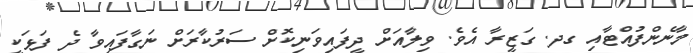
މާނެންފުއްޓާއި ގދ. ގަޒީރާ އެވެ. ވިލާއަށް ދީފައިވަނިކޮށް ސަރުކާރަށް ނަގާފައިވާ ދެ ފަޅަކީ